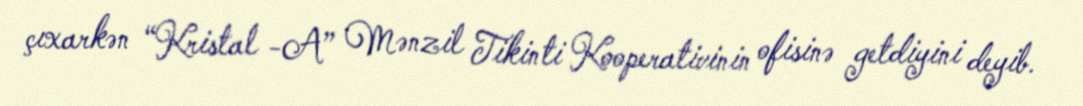
çıxarkən “Kristal -A” Mənzil Tikinti Kooperativinin ofisinə getdiyini deyib.